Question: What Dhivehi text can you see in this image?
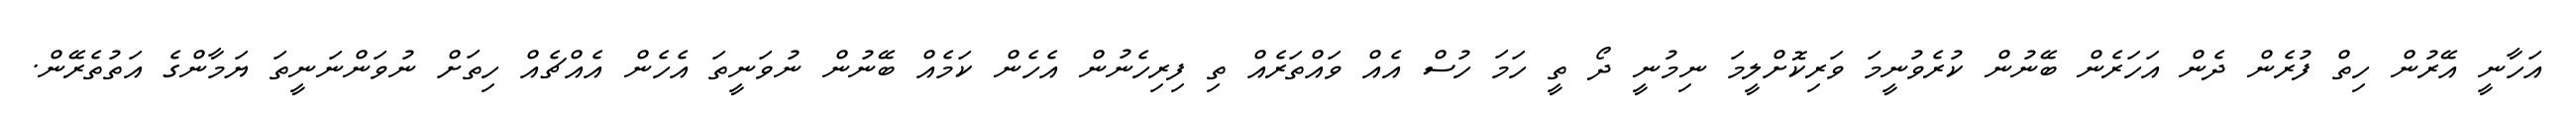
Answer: އަހާނީ އޭރުން ހިތް ފުރެން ދެން އަހަރެން ބޭނުން ކުރެވުނީމަ ވަރިކޮށްލީމަ ނިމުނީ ދޯ ތީ ހަމަ ހުސް އެއް ވައްތަރެއް ތި ފިރިހެނުން އެހެން ކަމެއް ބޭނުން ނުވަނީތަ އެހެން އެއްޗެއް ހިތަށް ނުވަންނަނީތަ ޔަމާންގެ އަތުތެރޭން.